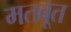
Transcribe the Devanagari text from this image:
मतबूत